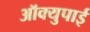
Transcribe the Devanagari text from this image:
ऑक्युपाई